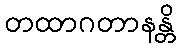
တထာဂတာနန္တိ